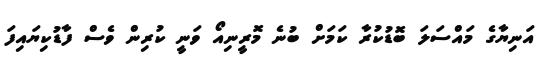
އަނިޔާގެ މައްސަލަ ބޮޑުކުރާ ކަމަށް ބުނެ މޮރީނިއޯ ވަނީ ކުރިން ވެސް ފާޑުކިޔައިފަ